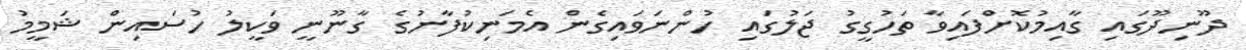
ދޫނިދޫގައި ގާއިމުކޮށްފައިވާ ތަހުގީގު ޖަލުގައި ހުންނަވައިގެން އެމަނިކުފާނުގެ ގާނޫނީ ވަކީލު ހުސައިން ޝަމީމު